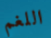
اللغم